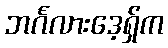
ဘင်္ဂလားဒေ့ရှ်က